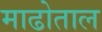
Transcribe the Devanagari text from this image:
माढोताल